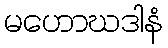
မဟောဃဒါနံ